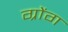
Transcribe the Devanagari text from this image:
ग्रोंग